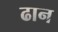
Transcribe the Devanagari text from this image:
ढान